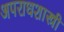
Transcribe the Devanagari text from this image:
अपराधशास्त्री